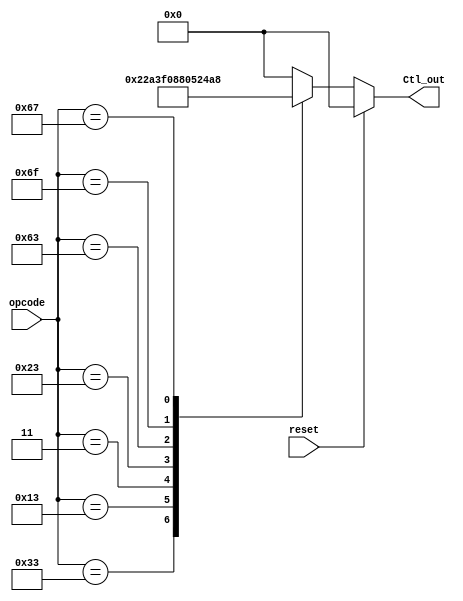
module Control_unit(
input [6:0] opcode,
input reset,
output reg [7:0] Ctl_out
);

always @(*) begin
if (reset) // control unit, reset to 0
Ctl_out = 8'b0;
else
case(opcode) // [7] [6] [5] [4] [3] [2]
// add, sub, ...
7'b01100_11 : Ctl_out = 8'b001000_10; // R-type - - RegWrite - - -
// addi, slli : shift left logical immediate rd = rs1 << imm
7'b00100_11 : Ctl_out = 8'b101000_11; // I-type    xxxi  rd, rs1,imm[11:0] ALUSrc - RegWrite - - -
// lw
7'b00000_11 : Ctl_out = 8'b111100_00; // I-type    lxx   rd, rs1,imm[11:0] ALUSrc MemtoReg RegWrite MemRead - -
// sw
7'b01000_11 : Ctl_out = 8'b100010_00; // S-type    sxx   rs1,rs2,imm[11:0] ALUSrc - - - MemWrite -
// beq : branch equal : go to PC+imm<<1
7'b11000_11 : Ctl_out = 8'b000001_01; // SB-type   bcc   rs1,rs2,imm[12:1] - - - - - Branch
// jal : jump and link : rd = PC+4, go to PC+imm<<1
7'b11011_11 : Ctl_out = 8'b001001_00; // UJ-type   jal rd, imm[20:1] - - RegWrite - - Branch
// jalr : jump and link register : rd = PC+4, go to rs1+imm 
7'b11001_11 : Ctl_out = 8'b101001_11; // I-type   jalr  rd, rs1,imm[11:0] ALUSrc - RegWrite - - Branch

default : Ctl_out = 8'b0; 
endcase
end
endmodule